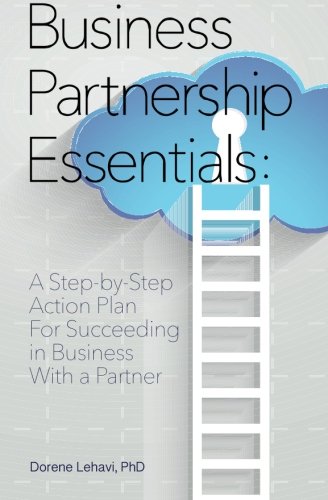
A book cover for Business Partnership Essentials: A Step-by-Step Action Plan for Succeeding in Business With a Partner: Joint Venture & Partnership Agreement Explained; Dorene Lehavi Ph.D; Business & Money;